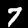
Digit: 7